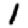
Digit: 1